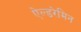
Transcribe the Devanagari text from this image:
ऐल्डरेमिन